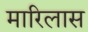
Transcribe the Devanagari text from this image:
मारिलास